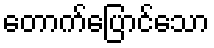
တောက်ပြောင်သော